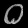
Digit: ၀